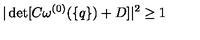
| \det [ C \omega ^ { ( 0 ) } ( \{ q \} ) + D ] | ^ { 2 } \geq 1